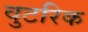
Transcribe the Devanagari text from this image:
वुटरिक